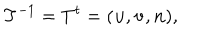
T ^ { - 1 } = T ^ { t } = ( { \bf u } , { \bf v } , { \bf n } ) ,